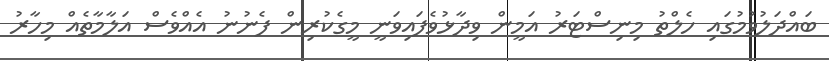
ބައްދަލުވުމުގައި ހެލްތު މިނިސްޓަރު އަމީން ވިދާޅުވެފައިވަނީ މީގެކުރިން ފެނުނު އެއްވެސް އަލާމާތެއް މިހާރު